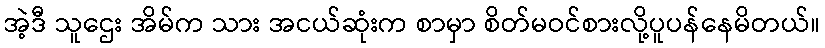
အဲ့ဒီ သူဌေး အိမ်က သား အငယ်ဆုံးက စာမှာ စိတ်မဝင်စားလို့ပူပန်နေမိတယ်။